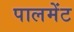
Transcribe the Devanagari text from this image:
पालमेंट